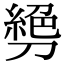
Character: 㔃